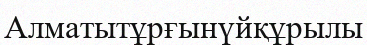
Алматытұрғынүйқұрылы